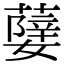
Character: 𦽵